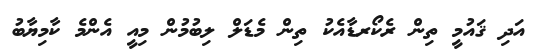
އަދި ޤައުމީ ތިން ރެކޯރޑާއެކު ތިން މެޑަލް ލިބުމުން މިއީ އެންމެ ކާމިޔާބު